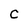
Character: C